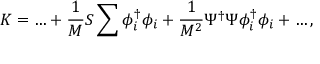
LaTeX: K = \ldots + \frac { 1 } { M } S \sum \phi _ { i } ^ { \dagger } \phi _ { i } + \frac { 1 } { M ^ { 2 } } \Psi ^ { \dagger } \Psi \phi _ { i } ^ { \dagger } \phi _ { i } + \ldots ,